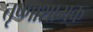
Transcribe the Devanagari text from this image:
तृष्णाशामक